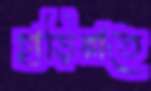
হাড়িপ্পাতে